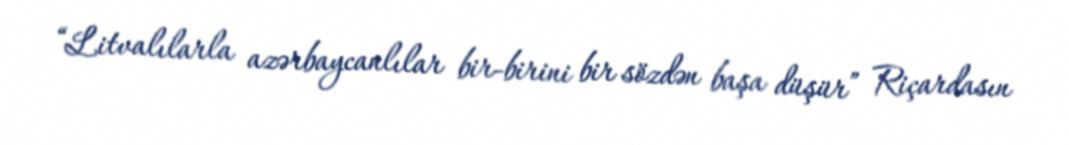
“Litvalılarla azərbaycanlılar bir-birini bir sözdən başa düşür” Riçardasın